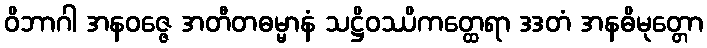
ဝိဘာဂါ အနဝဇ္ဇေ အတီတဓမ္မာနံ သဋ္ဌိဝဿိကတ္ထေရာ ဒဒတံ အနဓိမုတ္တော